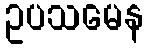
ဥပသမေန